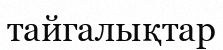
тайгалықтар